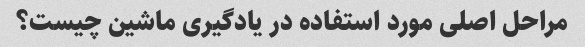
مراحل اصلی مورد استفاده در یادگیری ماشین چیست؟